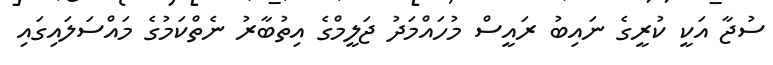
ސުޖާ އަކީ ކުރީގެ ނައިބު ރައީސް މުހައްމަދު ޖަލީމްގެ އިތުބާރު ނެތްކަމުގެ މައްސަލައިގައި